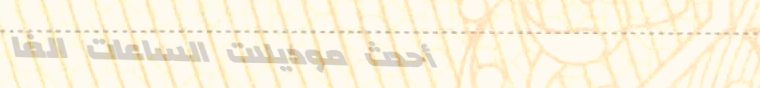
أحدث موديلات الساعات الفا